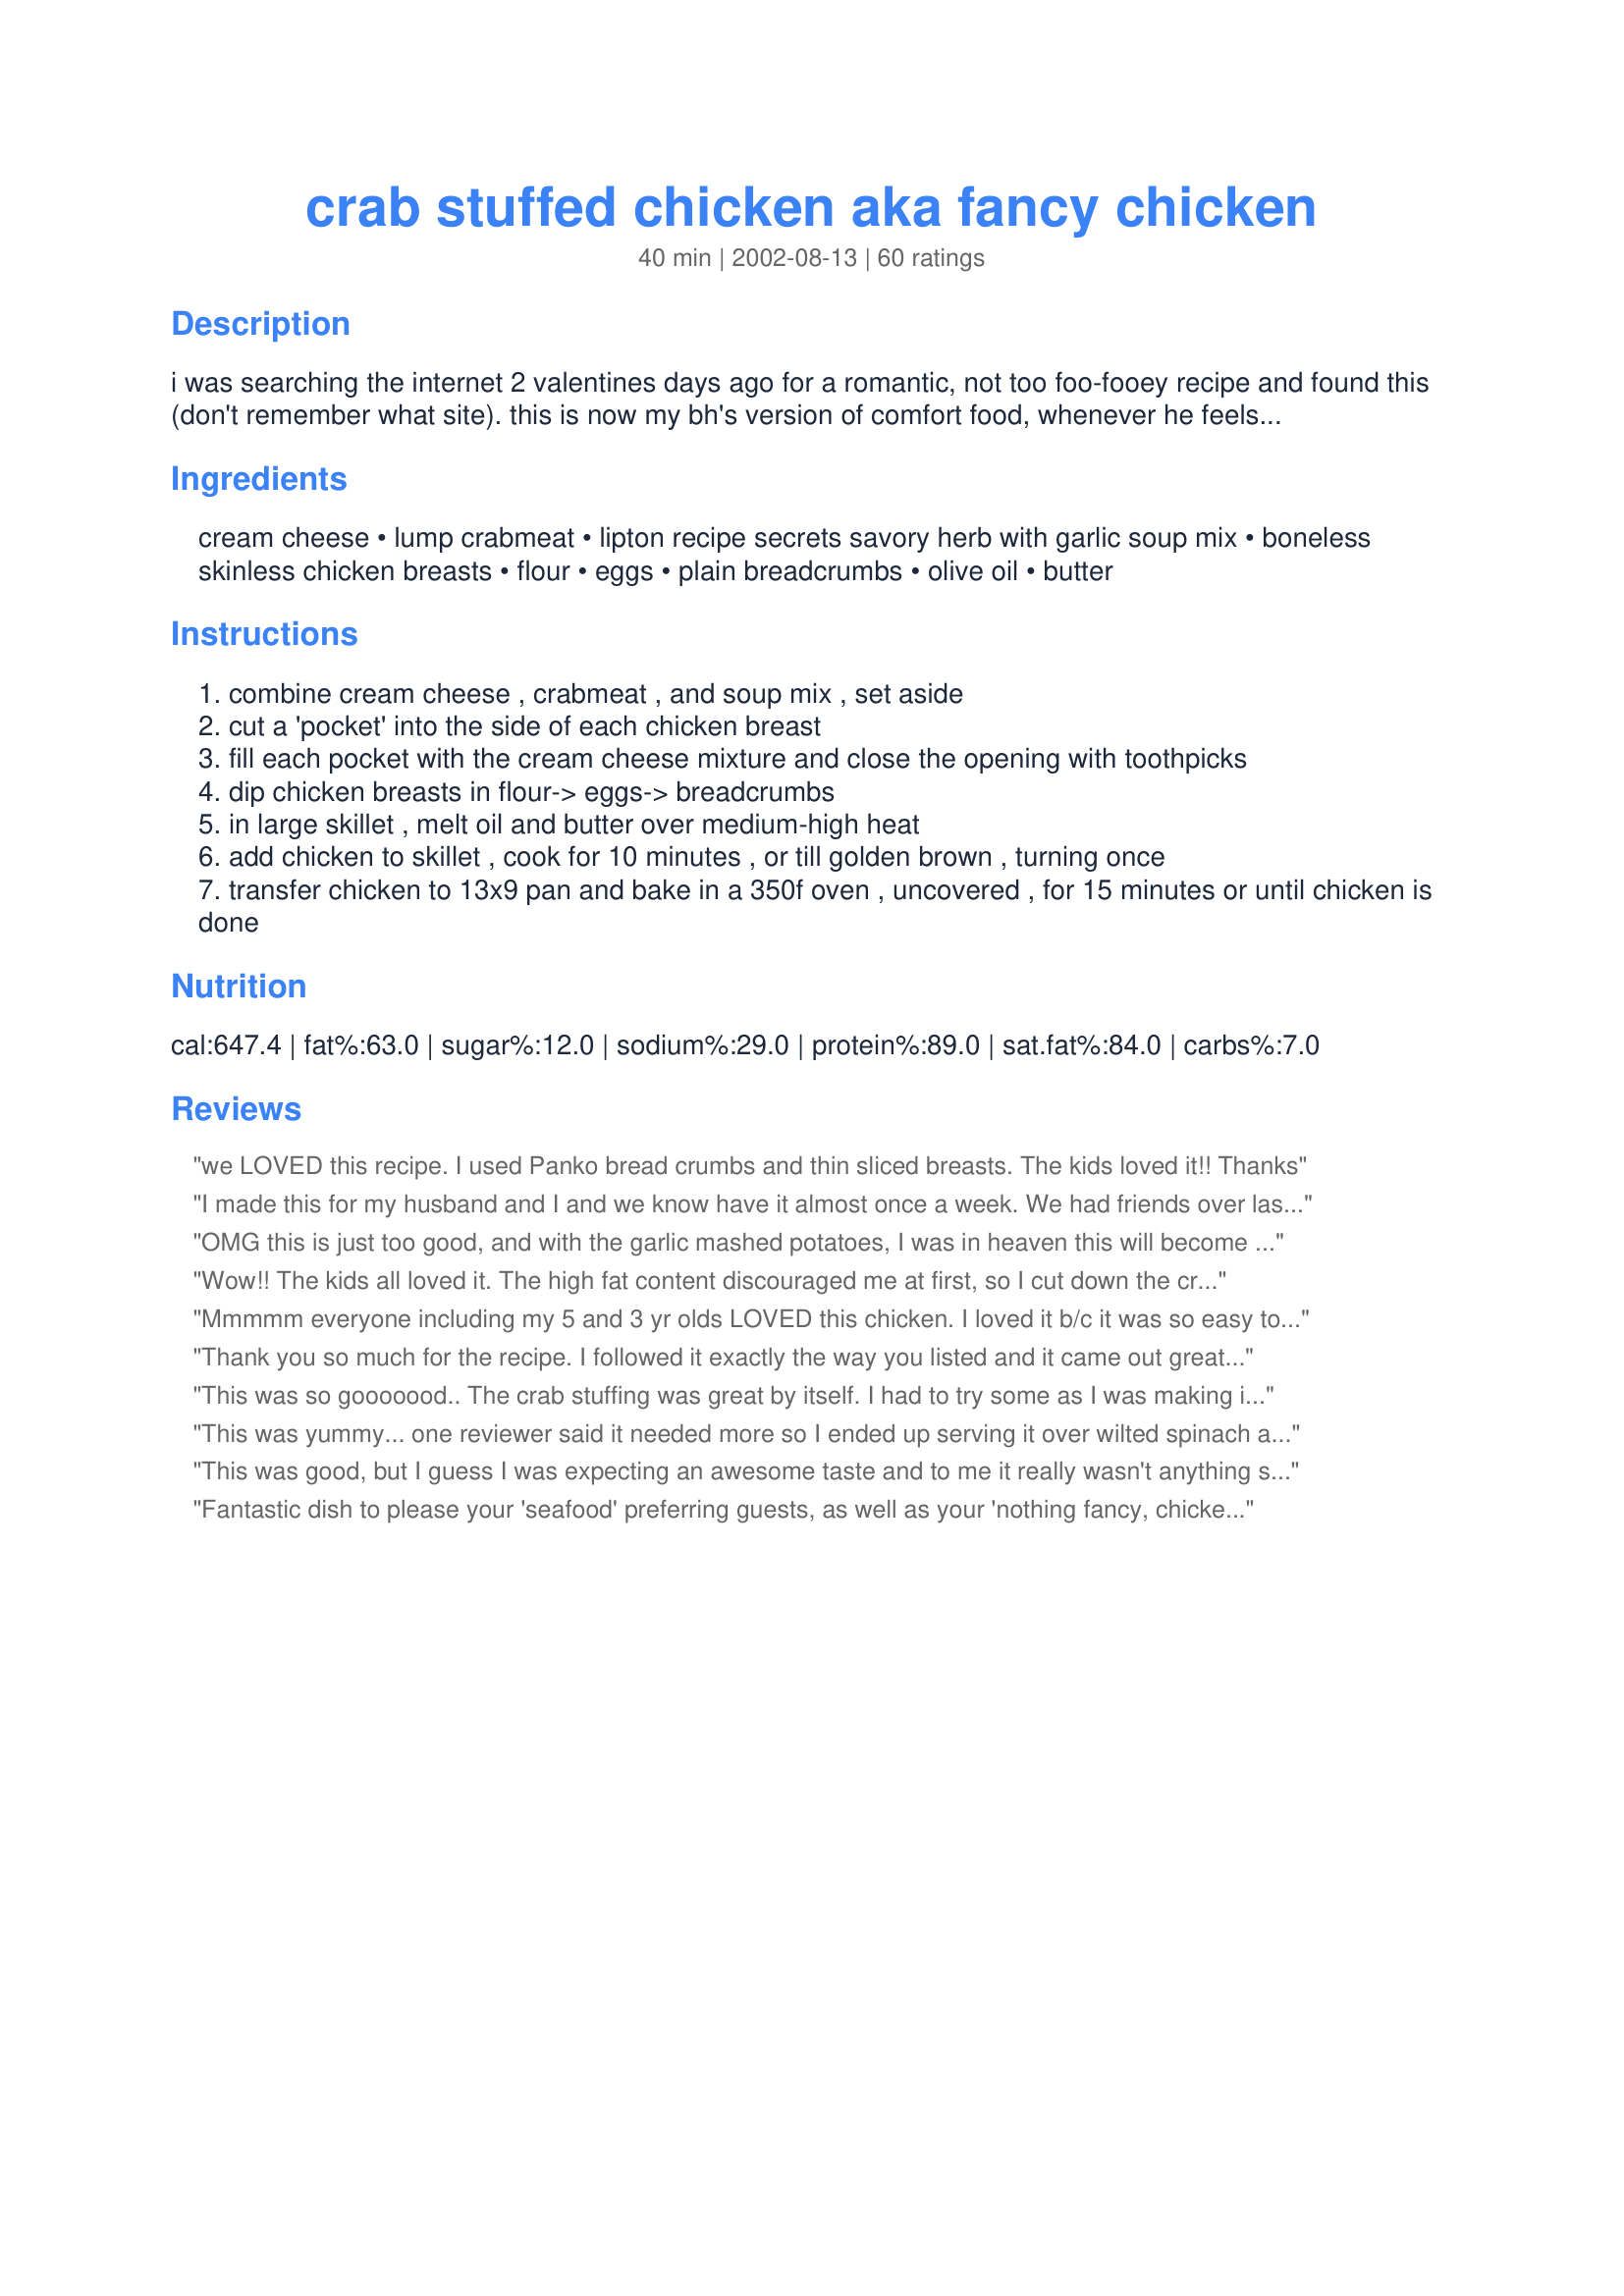
crab stuffed chicken aka fancy chicken
Preparation time: 40 minutes

i was searching the internet 2 valentines days ago for a romantic, not too foo-fooey recipe and found this (don't remember what site). this is now my bh's version of comfort food, whenever he feels down he asks me to make "that fancy chicken". i like to serve it with garlic mashed potatoes.

Ingredients:
cream cheese, lump crabmeat, lipton recipe secrets savory herb with garlic soup mix, boneless skinless chicken breasts, flour, eggs, plain breadcrumbs, olive oil, butter

Steps:
combine cream cheese , crabmeat , and soup mix , set aside
cut a 'pocket' into the side of each chicken breast
fill each pocket with the cream cheese mixture and close the opening with toothpicks
dip chicken breasts in flour-> eggs-> breadcrumbs
in large skillet , melt oil and butter over medium-high heat
add chicken to skillet , cook for 10 minutes , or till golden brown , turning once
transfer chicken to 13x9 pan and bake in a 350f oven , uncovered , for 15 minutes or until chicken is done

Reviews:
we LOVED this recipe. I used Panko bread crumbs and thin sliced breasts. The kids loved it!! Thanks
I made this for my husband and I and we know have it almost once a week. We had friends over last weekend and they said it was the best meal they had eaten. It is so simple to make and tastes like you spent all day in the kitchen.
OMG this is just too good, and with the garlic mashed potatoes, I was in heaven this will become a staple in my house thanks for this wonderful dish
Wow!! The kids all loved it. The high fat content discouraged me at first, so I cut down the crm. cheese, took out the egg yolks and used margarine. This was very flavorful. Thanks!!
Mmmmm everyone including my 5 and 3 yr olds LOVED this chicken. I loved it b/c it was so easy to make, but looked and tasted like it took much more effort!
Thank you so much for the recipe. I followed it exactly the way you listed and it came out great. My husband and kids could not stop eating it. My husband actually said it was the best thing he tasted so far from all the recipes I got off this website!!!! Awesome recipe.
This was so gooooood.. The crab stuffing was great by itself. I had to try some as I was making it I was so hungry. My boyfriend LOVED IT also. For some reason I didn't think it was going to have a lot of flavor but the stuffing was so tasty. I did however have some trouble with the whole stuffing process, but that is more of an operator ERROR... :-) But it still turned out DELICOUS!!!!
This was yummy... one reviewer said it needed more so I ended up serving it over wilted spinach and it was great! I had never "stuffed" chicken before and was very worried because I seemed to get holes where the filling came out a little all over and was afraid it wouldn't cook right... but to my amazement, it still stayed in place with extra toothpicks and looked wonderful! Thank you for this great recipe!
This was good, but I guess I was expecting an awesome taste and to me it really wasn't anything special. I'm sorry, I really wanted this to be a "wowzers" meal, and I just don't think it was. I don't think I did anything wrong, I just was a little disappointed with the taste after all the effort to make.
Fantastic dish to please your 'seafood' preferring guests, as well as your 'nothing fancy, chicken please' guests. This was great - it had a richness w/o an overpowering taste. I used FF cream cheese, stone crab claws and panko bread crumbs. I actually got carried away and added some bread crumbs to the filling too, which I think added a nice extra crunch. I used a Lipton soup mix.. but I actually think it was 'vegetable' rather than garlic, so I tossed in a bit of chopped garlic to fill in. This was a stunning dish, and one that I will surely make again!
I can't believe how easy and how delicious this recipe is!!! Everyone in the family LOVED it and I will definetly make this again. Thank you for this recipe!!!!
Very good combo. I went to two grocery stores and could not find the soup mix. So I just used one of those "Mrs. Dash" that was herb and garlic. I also used imitation crab, but it still turned out very tasty. I used all the filling, but it was almost too much. I think next time I make it I will either cute the recipe in half, or cook 5-6 breasts instead of 4. Thanks for this tasty chicken dish.
Glad I found a recipe for this..as the market that I bought them already prepared and ready to bake closed...

As for a sauce...making a simple white sauce with shrimp is an excellent addition....and if you use the standard microwave white sauce..it's simple and fast....just add some shrimp or crab....and it's wonderful.
Very good recipe, my family enjoyed it! 
I added some seasoning salt & pepper to my plain breadcrumbs & it turned out great!
It's a keeper! :D
I found this recipe yesterday. It looked so good I quickly ran out to the store for the ingredients and made it for dinner last night.

OH WOW! Was it DELICIOUS!!!!

I couldn't find the Lipton soup mix, so I added a ton of garlic and dill to the crab mixture for seasoning. The recipe didn't say what size can of crab meat to use, so I bought a pound, and only used a little more than half. This is good, cause I'm going to have to make it for my husband and children again tomorrow night!

I had the heat up too high in the skillet, and almost burned the chicken. I feared it would burn beyond recognition in the oven, but it didn't!

Thank you for the fantastic meal! This has just become a favorite in my personal cookbook!
one word: mmmmmmm! 

okay, more than one word...we used imitation crab meat but followed the remainder of the recipe to the "T". it was so tasty and fairly easy to make! this is one i'll be sure to make again!
Very good!!!! I used 6 chicken breasts and still had some cream cheese filling left over. I used one can of crab meat and Progesso Italian style panko instead of bread crumbs sprinkled with a little salt and pepper while in the skillet. I had to cook in the oven for almost 40 minutes because my chicken breasts were so big. Thanks for a great and fun recipe!!!
I love this recipie, I make it alot. I now have the meat dept actully filet my chicken breasts or tenderize them ! So you don't even have to slice them and it costs the same. Also I started buying garlic/herb cream cheese so I don't add the soup mix anymore, so one less step ! Delish every time.
This was my first experience stuffing chicken and it was SO easy! I will make this again, most def! My husband LOVED this, my brother was very impressed and I was pleased as punch to serve it and eat it! I pounded the chicken breasts flat with a meat mallet and discovered a creative outlet for stress! I also used imitation crabmeat- the results were fabulous!
Really good recipe. I gave it 5 stars, husband gave it 3 so it averaged to a 4 star recipe. He said the stuffing needed something else and suggested adding fresh spinach to it...not a bad suggestion actually. I served it with crab stuffed mushrooms which I won't do next time. Asparagus or broccoli would've been a much better side dish. I used 4 breasts and 2 of them were made with the pocket and 2 by flattening and rolling up. We preferred the pocket...much easier and less mess. Thanks for posting.
This is a great recipe. I would advise people not to worry when there seems like too much stuffing. I didn't use a lot of it, and after the chicken was baked, there wasn't quite enough inside. Also, be careful when frying the chicken in the skillet; don't burn the outside. But very good, anyway!
Excellent. I used FF cream cheese and 1 can crab drained. Instead of the liptons I used a little garlic powder, parsley, minced onion and a splash of milk. I also pounded the chicken flat, added filling, and breaded using egg whites instead of whole egg. Then just baked without frying chicken 1st. This lowered the fat/calorie count without giving up any flavor! thanks!
My husband loved this dish, although I did not have the soup mix, so I just used Italian dressing dry mix and that turned out great. Thanks for such a wonderful treat!
My husband made this for me for Valentines Day and it was amazing. I loved it. I can't wait for him to make it again. LOL This was very easy to make from what he told me, and we both just loved it. Thanks for the recipe.
This was a good idea but the crab stuffing wasn't right. I mixed the lump crabmeat with actual pieces of crab I cracked myself and it was amazing!
I did enjoy this meal so, let me explain the four stars. I did use the seasoned breadcrumbs and thought that it took away from the flavor of the stuffing Had I used plain, it would have been a five star recipe. I also used an 8 oz. package of imitation crab meat and it woked just fine. Overall, a keeper for a fancier dinner. Thank you for sharing!
I was having company over the weekend and wanted to make something special to serve them. I saw the great reviews on this and decided this was it! The stuffing was delicious and the chicken was moist. This has such great flavor, that it's hard to stop eating it! Definately a do again recipe for me!
This dish is so fabulous, that I'd eat it once a week. I thought that it might need a sauce, but when I tasted it, it was perfect. So moist and delicious. Two thumbs way up!!!
This was a good dinner tonight thank you. I made a few changes to your recipe-no Lipton's soup, so I used 2 teaspoons of Old Bay Seasoning, 3 minced green onions and juice of half a lemon. I splashed some oil on the baking tray and rolled the crumbed breasts in this, then just oven baked from the start rather than pan frying first.
We omitted the lipton soup mix as it seemed problematic to alot of reviewers, and just used a crab-friendly mix of season salt, pepper, and sage. Also, due to lactose-intolerance, the cream cheese we used was the "Better than Cream Cheese" imitation. DELICIOUS! Easy too. 4 Stars cause it took 45 mins. at 350 degrees to finish up, messing up the timing with the rest of the meal.
Killer recipe. Kicked butt with it on the very first try!
very good, but a bit rich for me.
The stuffing was surprisingly simple, and it was really tasty. I put extra stuffing in each chicken breast because I only had 3, and that may make it too rich for some people. My husband wants me to try the stuffing in fish next time. Thanks for the recipe.
I followed this recipe exactly (using the seasoned breadcrumbs) and my family loved it! I made it earlier in the day, and chilled the chicken in the fridge on wax paper, so it is also a good do-ahead dish. I am adding this to my list of favorites!
I made this for my boyfriend for valentine's day. We both really LOVED it . I added some spinach and garlic to the stuffing mixture per some recommendations of reviews. I also added half of the soup mix( onion soup couldn't find other one) since some of the reviews said it was too much with the whole thing. I also did not fry in the pan before putting in the oven due to watching calories and also used fat free cream cheese. The outside was nice and crisp with the bread crumbs and the chicken was nice and tender. I will be making this again. Thanks for the recipe!
Mmmmmmmmm . . . another 5-star review! I didn't have the herb with garlic soup mix. So, in a pinch, I substituted Lipton's onion soup and it still turned out as a 5-star recipe. I also didn't have toothpicks and they held together just fine without them. Thanks MackinacBride for the great recipe!
Excellent dish. Husband loved it.
This was fantastic. My family loved it. I could not find the garlic and herb soup mix, but I substituted lipton vegetable and added some garlic and it was just as good. I made some other alteration that we loved. I pounded the chicken breast thin and then folded them over and then browned them in the skillet until almost done. Then I place the filling in the middle and then dipped in bread crumbs and baked. I saved some of the filling and then down to make a sauce to place over the top. It was truly a great dish.
its funny because I found this recepe on AOL recepes about four years ago and my family begs me for it all the time. Tonight is the first time I have been to this site and low and behold here it is. If you want to spice this up try some shredded pepper jack cheese over the top five minutes before serving. Yum!
I tried this recipe last night and it was delicious. I did not have the Lipton soup so I used garlic salt and other seasonings in my pantry. I would definitely recommend this to others.
This was delicious! YUM! I don't think you need to cheat with Lipton soup mix, it is great with your fave herbs-- I used garlic, thyme, parsley, and pepper. I also used plain breadcrumbs but added a little parmesan cheese to them. I only had part of the amount of cream cheese, but I had goat cheese, so I split it half and half- the mixture was to die for. I highly recommend and will do the same thing on purpose next time. This was also easy to make. I will make this many more times.
Thank you for posting this wonderful recipe. I rolled the breasts (Saltimboco style) instead of stuffing them. I also cut the soup in half to allow the crab flavor to come through more. Used unseasoned panko to bread. The result was really great. Thanks again for the great dinner. Will be serving to dinner guests soon.
I made this recipe tonight for my boyfriend and he said it was his favourite meal that I have cooked thus far. Rather than "stuffing" the chicken, I pounded my chicken breasts thin and rolled them, sealing them with tooth picks. I could not find the exact soup mix, so I used Knorr's French Onion instead, and that worked just fine. I also used garlic herb cream cheese. It was really delicious, and I have plenty of stuffing left that I will use for sandwiches/spread over the next few days.<br/><br/>The next time I make this, I will probably use less cream cheese, or use fat free instead. Delicious meal though! Paired it with potatoes, green beans and corn.
Very yummy! Thank you for this recipe. Huband and I both enjoyed.
My BH wanted a stuffed chicken recipe that could be played with & this was it. We didn't use the breadcrumb coating, but instead put the chicken on the grill & made a lemon-butter & spice (bay seasoning) sauce. Stuffing the chicken became quite a chore so I sewed it up with turkey thread instead of using the toothpicks, it worked great! I felt the soup mix was too salty for me & will opt to try something different the next time. We both felt that this recipe is a "keepie" and will do it again, maybe next time with the breadcrumb coating. Thanks for the fun MackinacBride!
Loved this recipe, the flavors blended wonderfully. I had trouble getting enough stuffing into the "pocket", so I added the extra stuffing on the top of of each breast during the last 5 minutes of cooking, it became nice and warm and added extra flavor. Next time I will probably pound the breasts flat then stuff and roll up. I also used imitation crab meat and blended it in a food processor with the cream cheese so the stuffing was smooth.
I was expecting this recipe to be great given the many reviews. However, I found this recipe to be somewhat of a dissapointment. The mixture was way too salty for my taste and I barely tasted the crab even though I added more than the recipe called for. I would not make this recipe again :(
This was excellent, I have to have so much protein each day from Gastric Bypass and this is well up my alley and everyone that tasted it, thought it was wonderful....... Keep up the good work...!
Made this dish tonight as a birthday dinner for my husband and my entire family LOVED it!!!! I will definitely make this again. Thanks!!!!
I made this for the two of us and it is outstanding. Used Recipe #102041 spice mixture in place of the packaged mix. I did made the chicken ahead of time and let it sit in the frig until I was ready to cook. DH loved this so will be having it many, many times again.
Wonderful!! We were camping at Myrtle Beach. I had some Chicken and got some fresh jumbo lump crab meat at a local market. My husband, who doesn't like crab meat, RAVED about this dish. He loved it! I'm so glad I was able to find it. Thanks for posting this recipe!
This recipe was just okay. If I ever do make this again, I would use only half the package of soup mix or even instead of using the soup mix, I would put in a dry package of Knorr's shrimp newburg to keep with the "seafood" theme. I would also suggest spraying the casserole dish with Pam before placing the chicken in it.
DELICIOUS!!! Absolutely wonderful!! There are no words to describe how great this is. My husband loved it. Definitely a keeper for our family of two!! It somehow seemed to make the chicken so tender. Also our little town did not have the Lipton soup mix mentioned in the recipe, so I had to use Lipton Onion Soup mix. Still was wonderful!! Everyone needs to try this!!
This was an enjoyable meal, but I think I might make a change if I made it again. I will only add half the soup mix or make the soup and add it. Thanks for sharing the recipe!
I was looking for something special to make for my boyfriend and I because we were a little down about having to return to work after the holidays. I came upon this recipe and decided to give it a try. It was excellent. I LOVED it. My boyfriend LOVED it. My mom LOVED it. 

I used chicken thighs instead of breasts and cut the bone out. I put the stuffing where the bone was and rolled the thigh and secured it with toothpicks. I don't really care for white meat. Other than taking the bones out, the recipe wasn't difficult to make and was really worth the work. I could eat this every week.

Definitely a keeper. Thanks for a GREAT recipe.
We used our chopped up leftover king crab leg meat and it was awesome! I don't think there's such a thing a too much stuffing!!!!
I tried this recipe and I think I used too much filling because the chicken seemed a bit mushy. Other than that it had a great taste.
Really excellent. Made it for friends in the U>S> and will make it again and again when I return home to Spain.
I realize this recipe has received many reviews but I just had to add mine too. I'm considered a very good cook and I'll tell you this was delicious! I only added about half the dry soup and used imitation crab but it was definitely a WOW
Well...First off. Don't listen to Chef #376456. Obviously he/she doesn't have good taste.
This was really good. Like another poster, I couldn't find the 'savory her with garlic soup mix', so I sub'd Onion Soup mix, but only used half a pack(didn't want the onion to over power the crab..which it didn't). Used more crab too. I used Panko bread crumbs which gave a really nice crust. This turned out wonderful. The only thing I'd do differently would be season the chicken with S&P before coating it. I'll definatly make this again.
I think the cream cheese mixture would make a really tasty filling for a beef filet or maybe pork chops, too. Thanks for a great recipe.
